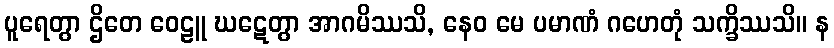
ပူရေတွာ ဌိတေ ဝေဠူ ဃဋေတွာ အာဂမိဿသိ, နေဝ မေ ပမာဏံ ဂဟေတုံ သက္ခိဿသိ။ န